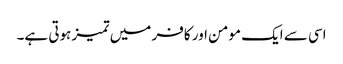
اسی سے ایک مومن اور کافر میں تمیز ہوتی ہے۔